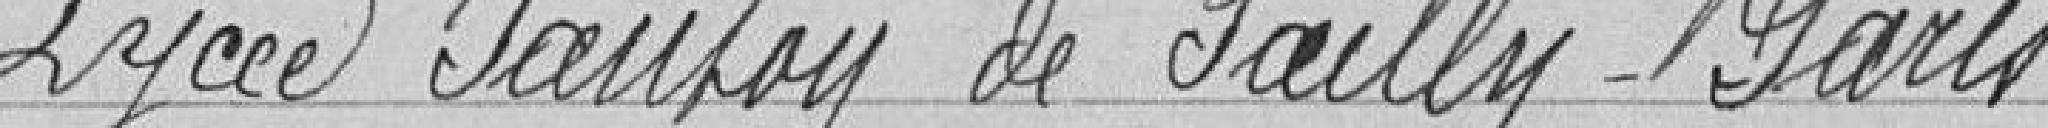
Lycée Janson de Sailly Paris